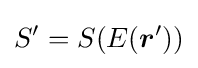
S'=S(E({\boldsymbol {r}}'))